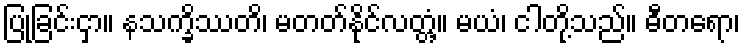
ပြုခြင်းငှာ။ နသက္ခိဿတိ၊ မတတ်နိုင်လတ္တံ့။ မယံ၊ ငါတို့သည်။ ဓီတရော၊